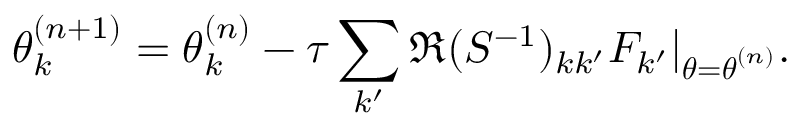
{ \boldsymbol \theta } _ { k } ^ { ( n + 1 ) } = { \boldsymbol \theta } _ { k } ^ { ( n ) } - \tau \sum _ { k ^ { \prime } } \Re ( S ^ { - 1 } ) _ { k k ^ { \prime } } F _ { k ^ { \prime } } | _ { { \boldsymbol \theta } = { \boldsymbol \theta } ^ { ( n ) } } .